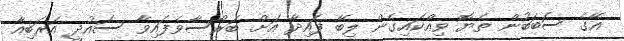
އޭގެ ސަބަބުން ތެޔޮ ވިއްކައިގެން ލިބޭ ފައިދާ އަށް ބަރޯސާވެފައިވާ ސައުދީ އަރަބިއާ